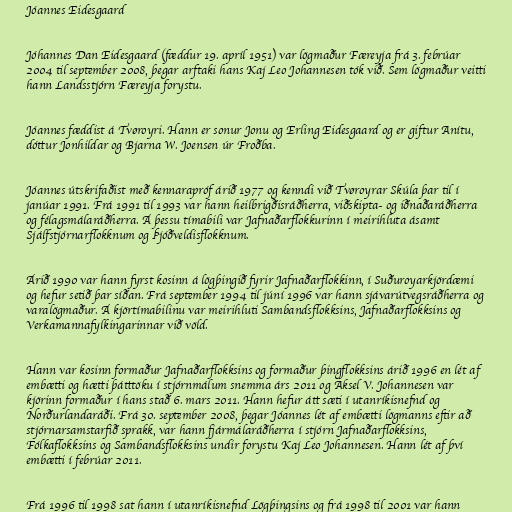
Jóannes Eidesgaard

Jóhannes Dan Eidesgaard (fæddur 19. apríl 1951) var lögmaður Færeyja frá 3. febrúar
2004 til september 2008, þegar arftaki hans Kaj Leo Johannesen tók við. Sem lögmaður veitti
hann Landsstjórn Færeyja forystu.

Jóannes fæddist á Tvøroyri. Hann er sonur Jonu og Erling Eidesgaard og er giftur Anítu,
dóttur Jonhildar og Bjarna W. Joensen úr Froðba.

Jóannes útskrifaðist með kennarapróf árið 1977 og kenndi við Tvøroyrar Skúla þar til í
janúar 1991. Frá 1991 til 1993 var hann heilbrigðisráðherra, viðskipta- og iðnaðaráðherra
og félagsmálaráðherra. Á þessu tímabili var Jafnaðarflokkurinn í meirihluta ásamt
Sjálfstjórnarflokknum og Þjóðveldisflokknum.

Árið 1990 var hann fyrst kosinn á lögþingið fyrir Jafnaðarflokkinn, í Suðuroyarkjördæmi
og hefur setið þar síðan. Frá september 1994 til júní 1996 var hann sjávarútvegsráðherra og
varalögmaður. Á kjörtímabilinu var meirihluti Sambandsflokksins, Jafnaðarflokksins og
Verkamannafylkingarinnar við völd.

Hann var kosinn formaður Jafnaðarflokksins og formaður þingflokksins árið 1996 en lét af
embætti og hætti þátttöku í stjórnmálum snemma árs 2011 og Aksel V. Johannesen var
kjörinn formaður í hans stað 6. mars 2011. Hann hefur átt sæti í utanríkisnefnd og
Norðurlandaráði. Frá 30. september 2008, þegar Jóannes lét af embætti lögmanns eftir að
stjórnarsamstarfið sprakk, var hann fjármálaráðherra í stjórn Jafnaðarflokksins,
Fólkaflokksins og Sambandsflokksins undir forystu Kaj Leo Johannesen. Hann lét af því
embætti í febrúar 2011.

Frá 1996 til 1998 sat hann í utanríkisnefnd Lögþingsins og frá 1998 til 2001 var hann